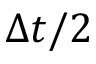
\Delta t / 2